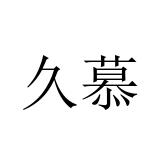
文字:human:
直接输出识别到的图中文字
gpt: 久慕